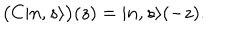
LaTeX: \bigl ( C | n , s \rangle \bigr ) ( z ) = | n , s \rangle ( - z ) .